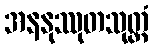
အနနုဿုတသုတ္တံ